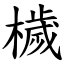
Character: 檅